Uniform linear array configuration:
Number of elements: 64
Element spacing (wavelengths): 0.25
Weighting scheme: kaiser
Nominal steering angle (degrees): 0
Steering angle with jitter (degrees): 0.2125
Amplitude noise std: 0.05
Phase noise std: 0.05

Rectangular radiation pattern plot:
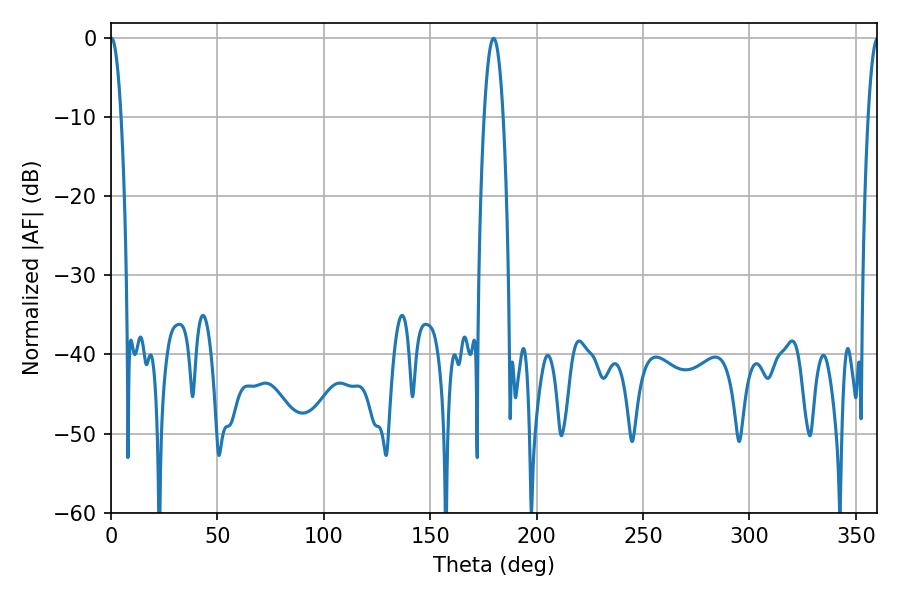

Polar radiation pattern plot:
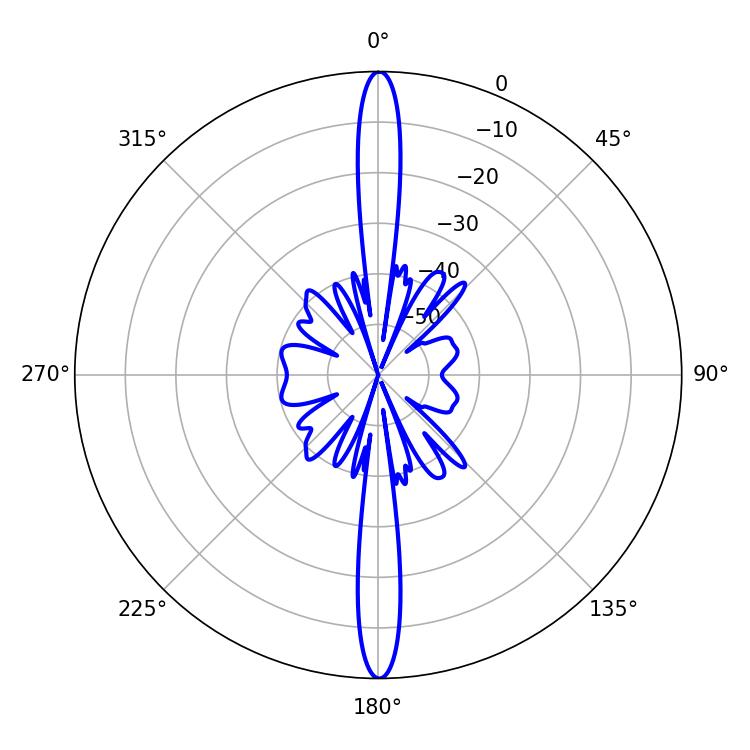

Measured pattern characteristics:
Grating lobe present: FALSE
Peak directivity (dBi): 34.403
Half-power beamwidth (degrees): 2.7
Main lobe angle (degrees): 0.18